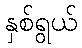
နှစ်ရွယ်